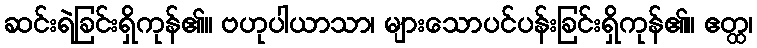
ဆင်းရဲခြင်းရှိကုန်၏။ ဗဟုပါယာသာ၊ များသောပင်ပန်းခြင်းရှိကုန်၏။ ဧတ္ထ၊